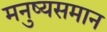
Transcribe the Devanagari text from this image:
मनुष्यसमान